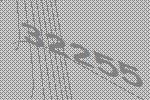
32255